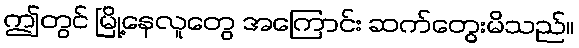
ဤတွင် မြို့နေလူတွေ အကြောင်း ဆက်တွေးမိသည်။